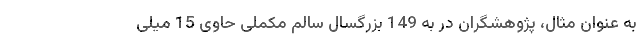
به عنوان مثال، پژوهشگران در به 149 بزرگسال سالم مکملی حاوی 15 میلی